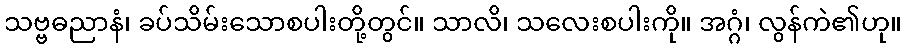
သဗ္ဗဓညာနံ၊ ခပ်သိမ်းသောစပါးတို့တွင်။ သာလိ၊ သလေးစပါးကို။ အဂ္ဂံ၊ လွန်ကဲ၏ဟု။